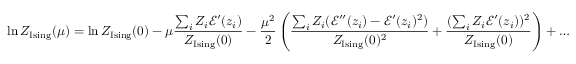
\ln Z _ { \mathrm { I s i n g } } ( \mu ) = \ln Z _ { \mathrm { I s i n g } } ( 0 ) - \mu { \frac { \sum _ { i } Z _ { i } { \mathcal E } ^ { \prime } ( z _ { i } ) } { Z _ { \mathrm { I s i n g } } ( 0 ) } } - { \frac { \mu ^ { 2 } } { 2 } } \left( { \frac { \sum _ { i } Z _ { i } ( { \mathcal E } ^ { \prime \prime } ( z _ { i } ) - { \mathcal E } ^ { \prime } ( z _ { i } ) ^ { 2 } ) } { Z _ { \mathrm { I s i n g } } ( 0 ) ^ { 2 } } } + { \frac { ( \sum _ { i } Z _ { i } { \mathcal E } ^ { \prime } ( z _ { i } ) ) ^ { 2 } } { Z _ { \mathrm { I s i n g } } ( 0 ) } } \right) + \ldots